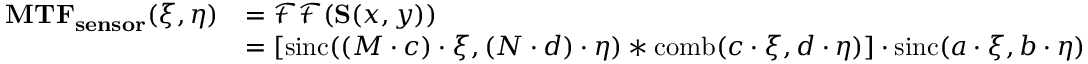
{ \begin{array} { r l } { \mathbf { M T F _ { s e n s o r } } ( \xi , \eta ) } & { = { \mathcal { F F } } ( \mathbf { S } ( x , y ) ) } \\ & { = [ \operatorname { s i n c } ( ( M \cdot c ) \cdot \xi , ( N \cdot d ) \cdot \eta ) * \operatorname { c o m b } ( c \cdot \xi , d \cdot \eta ) ] \cdot \operatorname { s i n c } ( a \cdot \xi , b \cdot \eta ) } \end{array} }